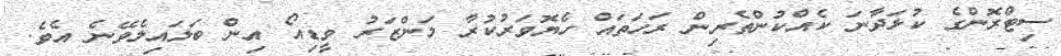
ސިޓްރޮންގެ ކުޅަދާނަ ކެއްކުންތެރިން ރަހަތައް ހެޔޮވަރުކުރާ މަންޒަރު ވީޑިއޯ އިން ބަލައިލެވޭނެ އެވެ.